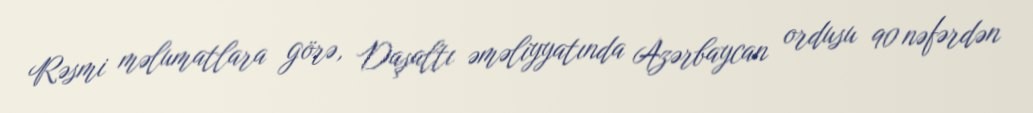
Rəsmi məlumatlara görə, Daşaltı əməliyyatında Azərbaycan ordusu 90 nəfərdən